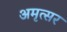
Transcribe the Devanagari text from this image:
अमृत्सर